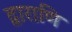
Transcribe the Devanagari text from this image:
द्वाराणि